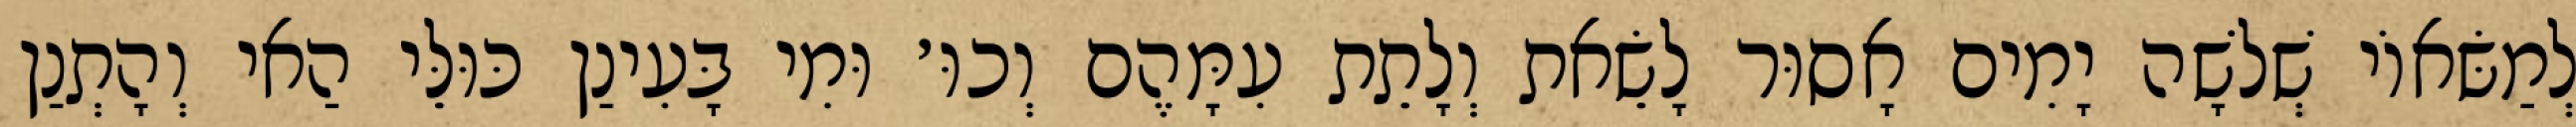
לְמַשּׂאוֹי שְׁלֹשָׁה יָמִים אָסוּר לָשֵׂאת וְלָתֵת עִמָּהֶם וְכוּ׳ וּמִי בָּעִינַן כּוּלֵּי הַאי וְהָתְנַן